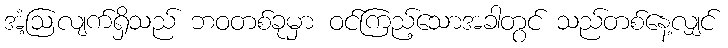
အံ့ဩလျက်ရှိသည် ဘဝတစ်ခုမှာ ဝင်ကြည့်သောအခါတွင် သည်တစ်နေ့လျှင်